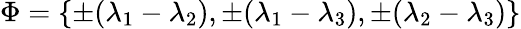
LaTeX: \Phi=\{ \pm(\lambda_{1}-\lambda_{2}),\pm(\lambda_{1}-\lambda_{3}),\pm(\lambda_{2}-\lambda_{3})\}